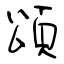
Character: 頌